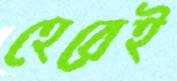
হেরেই